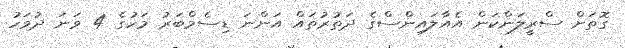
ގޮތަށް ސްރީލަންކަން އެއާލައިންސްގެ ދަތުރުތައް އަންނަ ޑިސެމްބަރު މަހުގެ 4 ވަނަ ދުވަހު